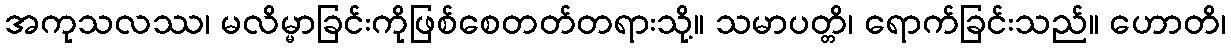
အကုသလဿ၊ မလိမ္မာခြင်းကိုဖြစ်စေတတ်တရားသို့။ သမာပတ္တိ၊ ရောက်ခြင်းသည်။ ဟောတိ၊